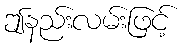
ဤနည်းလမ်းဖြင့်